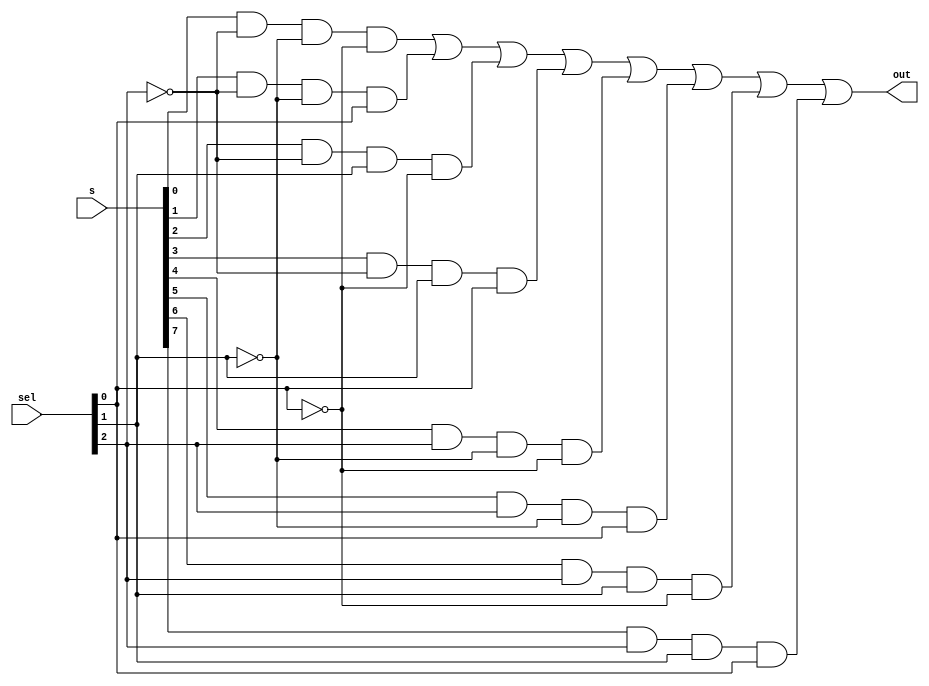
module structural_mux (s, sel, out);

	input[2:0] sel;
	input[7:0] s;
	output out;
	wire [7:0] and_wire;
	wire [2:0] inv_sel;

	not inv_0(inv_sel[0], sel[0]);
	not inv_1(inv_sel[1], sel[1]);
	not inv_2(inv_sel[2], sel[2]);
	
	and and0(and_wire[0], s[0], inv_sel[2], inv_sel[1], inv_sel[0]);
	and and1(and_wire[1], s[1], inv_sel[2], inv_sel[1], sel[0]);
	and and2(and_wire[2], s[2], inv_sel[2], sel[1], inv_sel[0]);
	and and3(and_wire[3], s[3], inv_sel[2], sel[1], sel[0]);
	and and4(and_wire[4], s[4], sel[2], inv_sel[1], inv_sel[0]);
	and and5(and_wire[5], s[5], sel[2], inv_sel[1], sel[0]);
	and and6(and_wire[6], s[6], sel[2], sel[1], inv_sel[0]);
	and and7(and_wire[7], s[7], sel[2], sel[1], sel[0]);
	

	or or_output(out, and_wire[0],and_wire[1],and_wire[2],and_wire[3],and_wire[4],and_wire[5],and_wire[6],and_wire[7]);
	
endmodule